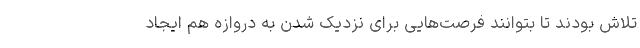
تلاش بودند تا بتوانند فرصت‌هایی برای نزدیک شدن به دروازه هم ایجاد